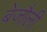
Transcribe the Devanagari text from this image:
बेजौली